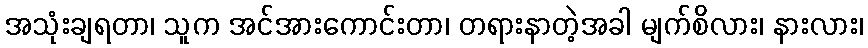
အသုံးချရတာ၊ သူက အင်အားကောင်းတာ၊ တရားနာတဲ့အခါ မျက်စိလား၊ နားလား၊